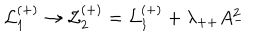
LaTeX: { \cal L } _ { 1 } ^ { ( + ) } \rightarrow { \cal L } _ { 2 } ^ { ( + ) } = { \cal L } _ { 1 } ^ { ( + ) } + \lambda _ { + + } A _ { - } ^ { 2 }